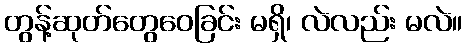
တွန့်ဆုတ်တွေဝေခြင်း မရှိ၊ လဲလည်း မလဲ။